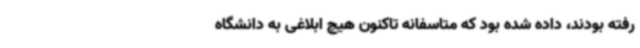
رفته بودند، داده شده بود که متاسفانه تاکنون هیچ ابلاغی به دانشگاه